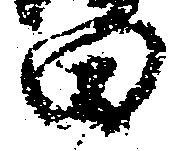
田